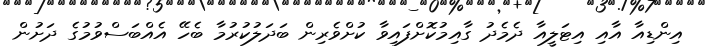
އިންޑިއާ އާއި އިޓަލީއާ ދެމެދު ގާއިމުކޮށްފައިވާ ކުށްވެރިން ބަދަލުކުރުމާ ބެހޭ އެއްބަސްވުމުގެ ދަށުން